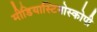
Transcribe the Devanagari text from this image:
मीडियास्टिनोस्कोपी